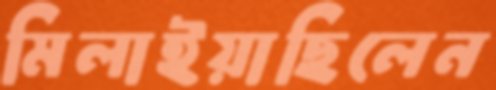
মিলাইয়াছিলেন